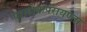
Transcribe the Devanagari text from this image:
परलोकपरायण्ता